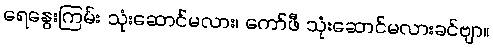
ရေနွေးကြမ်း သုံးဆောင်မလား၊ ကော်ဖီ သုံးဆောင်မလားခင်ဗျာ။